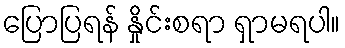
ပြောပြရန် နှိုင်းစရာ ရှာမရပါ။